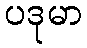
ပဒုမာ